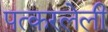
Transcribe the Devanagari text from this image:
पत्करलेली